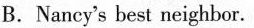
B.Nancy's best neighbor.